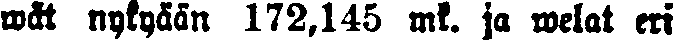
wät nykyään 172,145 mk. ja welat eri